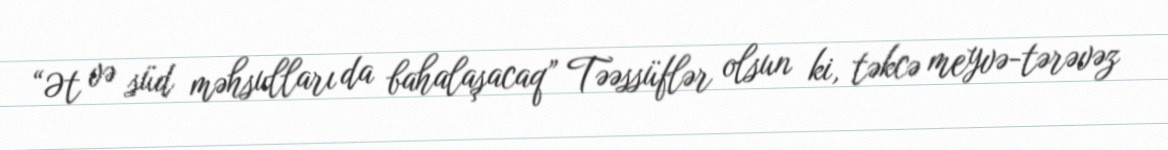
“Ət və süd məhsulları da bahalaşacaq” Təəssüflər olsun ki, təkcə meyvə-tərəvəz